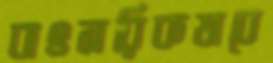
বাৎসরিকভাবে